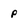
Character: p